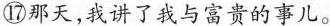
⑰那天,我讲了我与富贵的事儿。